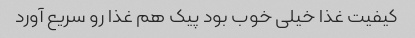
کیفیت غذا خیلی خوب بود پیک هم غذا رو سریع آورد